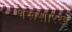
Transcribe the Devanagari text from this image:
पेरूसारखे